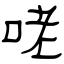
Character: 咾